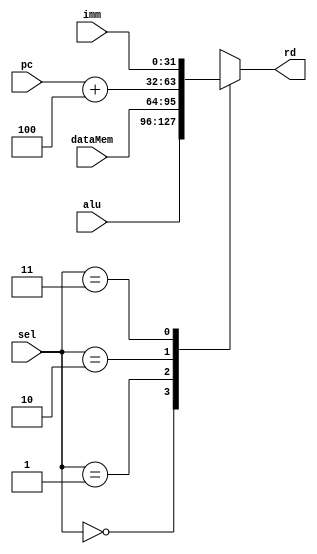
module rdmux(
    input wire[1:0] sel,
    input wire[31:0] dataMem,
    input wire[31:0] alu,
    input wire[31:0] pc,
    input wire[31:0] imm,
    output reg[31:0] rd 
);

always @(*) begin
    case(sel)
    2'b00: rd = alu;        //R,IA  //  For R type or imm type ALU operation 
    2'b01: rd = dataMem;    //IL    // For Loading from datamemory 
    2'b10: rd = pc + 4;     // For loading address of next instruction to return from a subroutine maybe
    2'b11: rd = imm;    	// Load upper immediate 
    endcase

end


endmodule

//Just decides where to load from depending on type of instruction